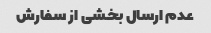
عدم ارسال بخشی از سفارش